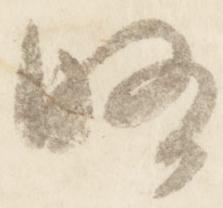
略